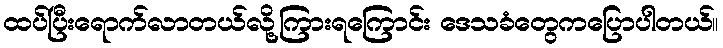
ထပ်ပြီးရောက်လာတယ်လို့ကြားရကြောင်း ဒေသခံတွေကပြောပါတယ်။